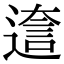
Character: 𨕺